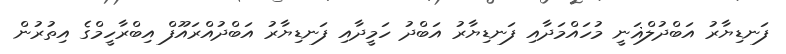
ފަނޑިޔާރު އަބްދުލްޣަނީ މުހައްމަދާއި ފަނޑިޔާރު އަބްދު ހަމީދާއި ފަނޑިޔާރު އަބްދުއްރައޫފް އިބްރާހީމްގެ އިތުރުން